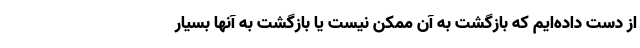
از دست داده‌ایم که بازگشت به آن ممکن نیست یا بازگشت به آنها بسیار